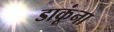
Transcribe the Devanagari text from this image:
डाकूंना